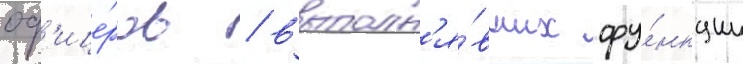
оф'ице́ров / выполн'я́вших фу́нкции